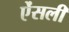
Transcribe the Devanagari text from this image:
ऐंसली